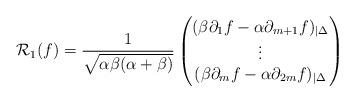
LaTeX: \begin{align*}\mathcal R_1(f)=\frac{1}{\sqrt{\alpha\beta(\alpha+\beta)}}\begin{pmatrix}(\beta\partial_{1}f-\alpha\partial_{m+1}f)_{|\Delta}\\\vdots\\(\beta\partial_{m}f-\alpha\partial_{2m}f)_{|\Delta}\end{pmatrix}\end{align*}